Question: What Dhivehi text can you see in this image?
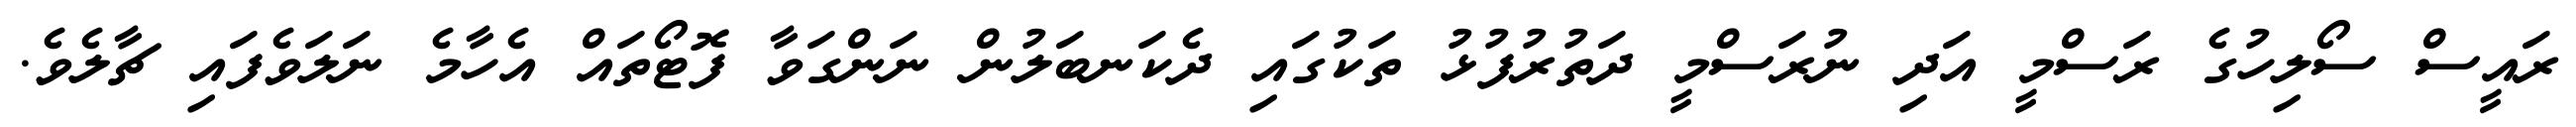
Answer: ރައީސް ސޯލިހުގެ ރަސްމީ އަދި ނުރަސްމީ ދަތުރުފުޅު ތަކުގައި ދެކަނބަލުން ނަންގަވާ ފޮޓޯތައް އެހާމެ ނަލަވެފައި ޗާލެވެ.